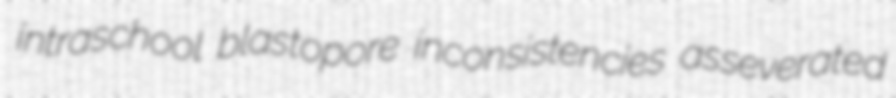
intraschool blastopore inconsistencies asseverated